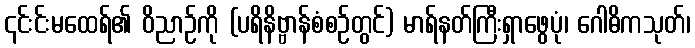
၎င်းင်းမထေရ်၏ ဝိညာဉ်ကို (ပရိနိဗ္ဗာန်စံစဉ်တွင်) မာရ်နတ်ကြီးရှာဖွေပုံ၊ ဂေါဓိကသုတ်၊